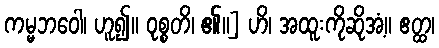
ကမ္မဘဝေါ၊ ဟူ၍။ ဝုစ္စတိ၊ ၏။] ဟိ၊ အထူးကိုဆိုအံ့။ ဧတ္ထ၊